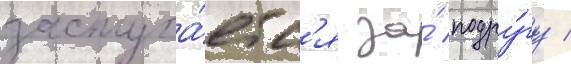
заступа́етс'я за́ подру́гу /